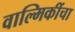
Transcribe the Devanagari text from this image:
वाल्मिकींचा